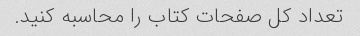
تعداد کل صفحات کتاب را محاسبه کنید.